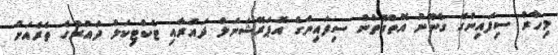
މިހާރު ސިފައިންގެ ގާނޫނު އޮތްގޮތުން ސިފައިންގެ އޮޕަރޭޝަނަލް ދައުރާއި ޓެކްޓިކަލް ދައުރުގެ ތެރެއަށް